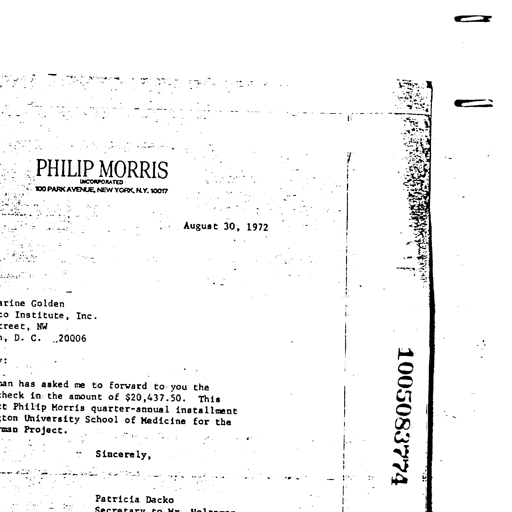
PHILIP MORRIS
INCORPORATED
100 PARK AVENUE, NEW YORK, N.Y. 10017
August 30, 1972
Golden
Institute, Inc.
NW
D. C. 20006
has asked me to forward to you the
check in the amount of $20,437.50. This
Philip Morris quarter-annual installment
University School of Medicine for the
Project.
Sincerely,
Patricia Dacko
1005083774